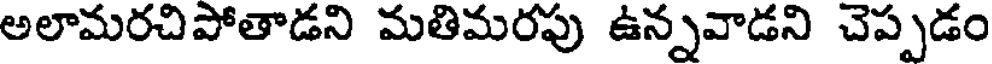
అలామరచిపోతాడని మతిమరపు ఉన్నవాడని చెప్పడం